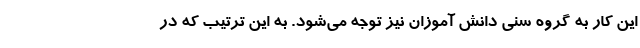
این کار به گروه سنی دانش آموزان نیز توجه می‌شود. به این ترتیب که در